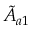
\tilde { A } _ { a 1 }